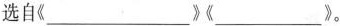
选自《___》《___》。